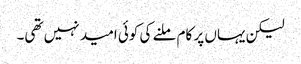
لیکن یہاں پر کام ملنے کی کوئی امید نہیں تھی۔